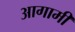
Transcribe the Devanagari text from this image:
अागामी